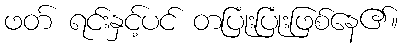
ဖတ် ရင်းနှင့်ပင် တပြုံးပြုံးဖြစ်နေ၏။